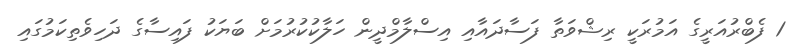
1 ފެބްރުއަރީގެ އަމުރަކީ ރިޝްވަތާ ފަސާދައާއި އިސްލާމްދީން ހަލާކުކުރުމަށް ބަޔަކު ފައިސާގެ ދަހިވެތިކަމުގައި